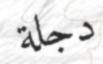
دجلة